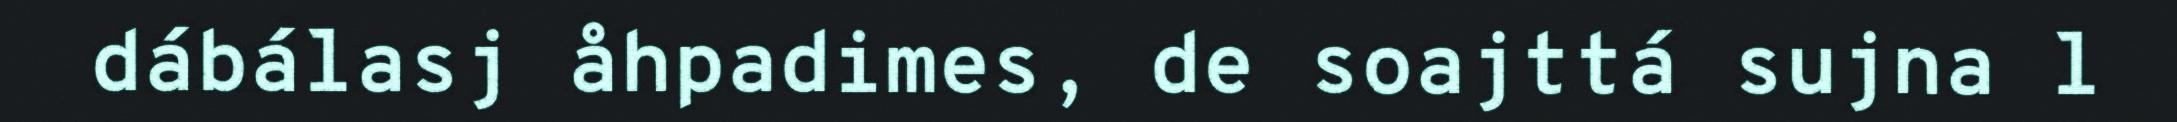
dábálasj åhpadimes, de soajttá sujna l